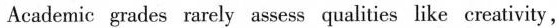
Academic grades rarely assess qualities like creativity,